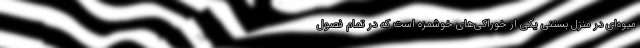
میوه‌ای در منزل بستنی یکی از خوراکی‌های خوشمزه است که در تمام فصول